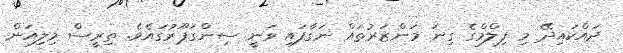
ދައްކައިދޭ މި ފިލްމްގެ ގިނަ މަންޒަރުތައް ނަގާފައި ވަނީ ސިންގަޕޫރުގައެވެ. ތިރީސް މިލިއަން